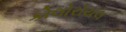
કોલોરૉયલ